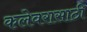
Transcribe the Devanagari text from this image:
कलेवरासाठी